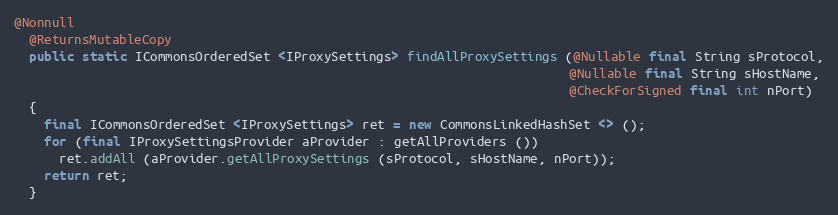
Language: Java
@Nonnull
  @ReturnsMutableCopy
  public static ICommonsOrderedSet <IProxySettings> findAllProxySettings (@Nullable final String sProtocol,
                                                                          @Nullable final String sHostName,
                                                                          @CheckForSigned final int nPort)
  {
    final ICommonsOrderedSet <IProxySettings> ret = new CommonsLinkedHashSet <> ();
    for (final IProxySettingsProvider aProvider : getAllProviders ())
      ret.addAll (aProvider.getAllProxySettings (sProtocol, sHostName, nPort));
    return ret;
  }